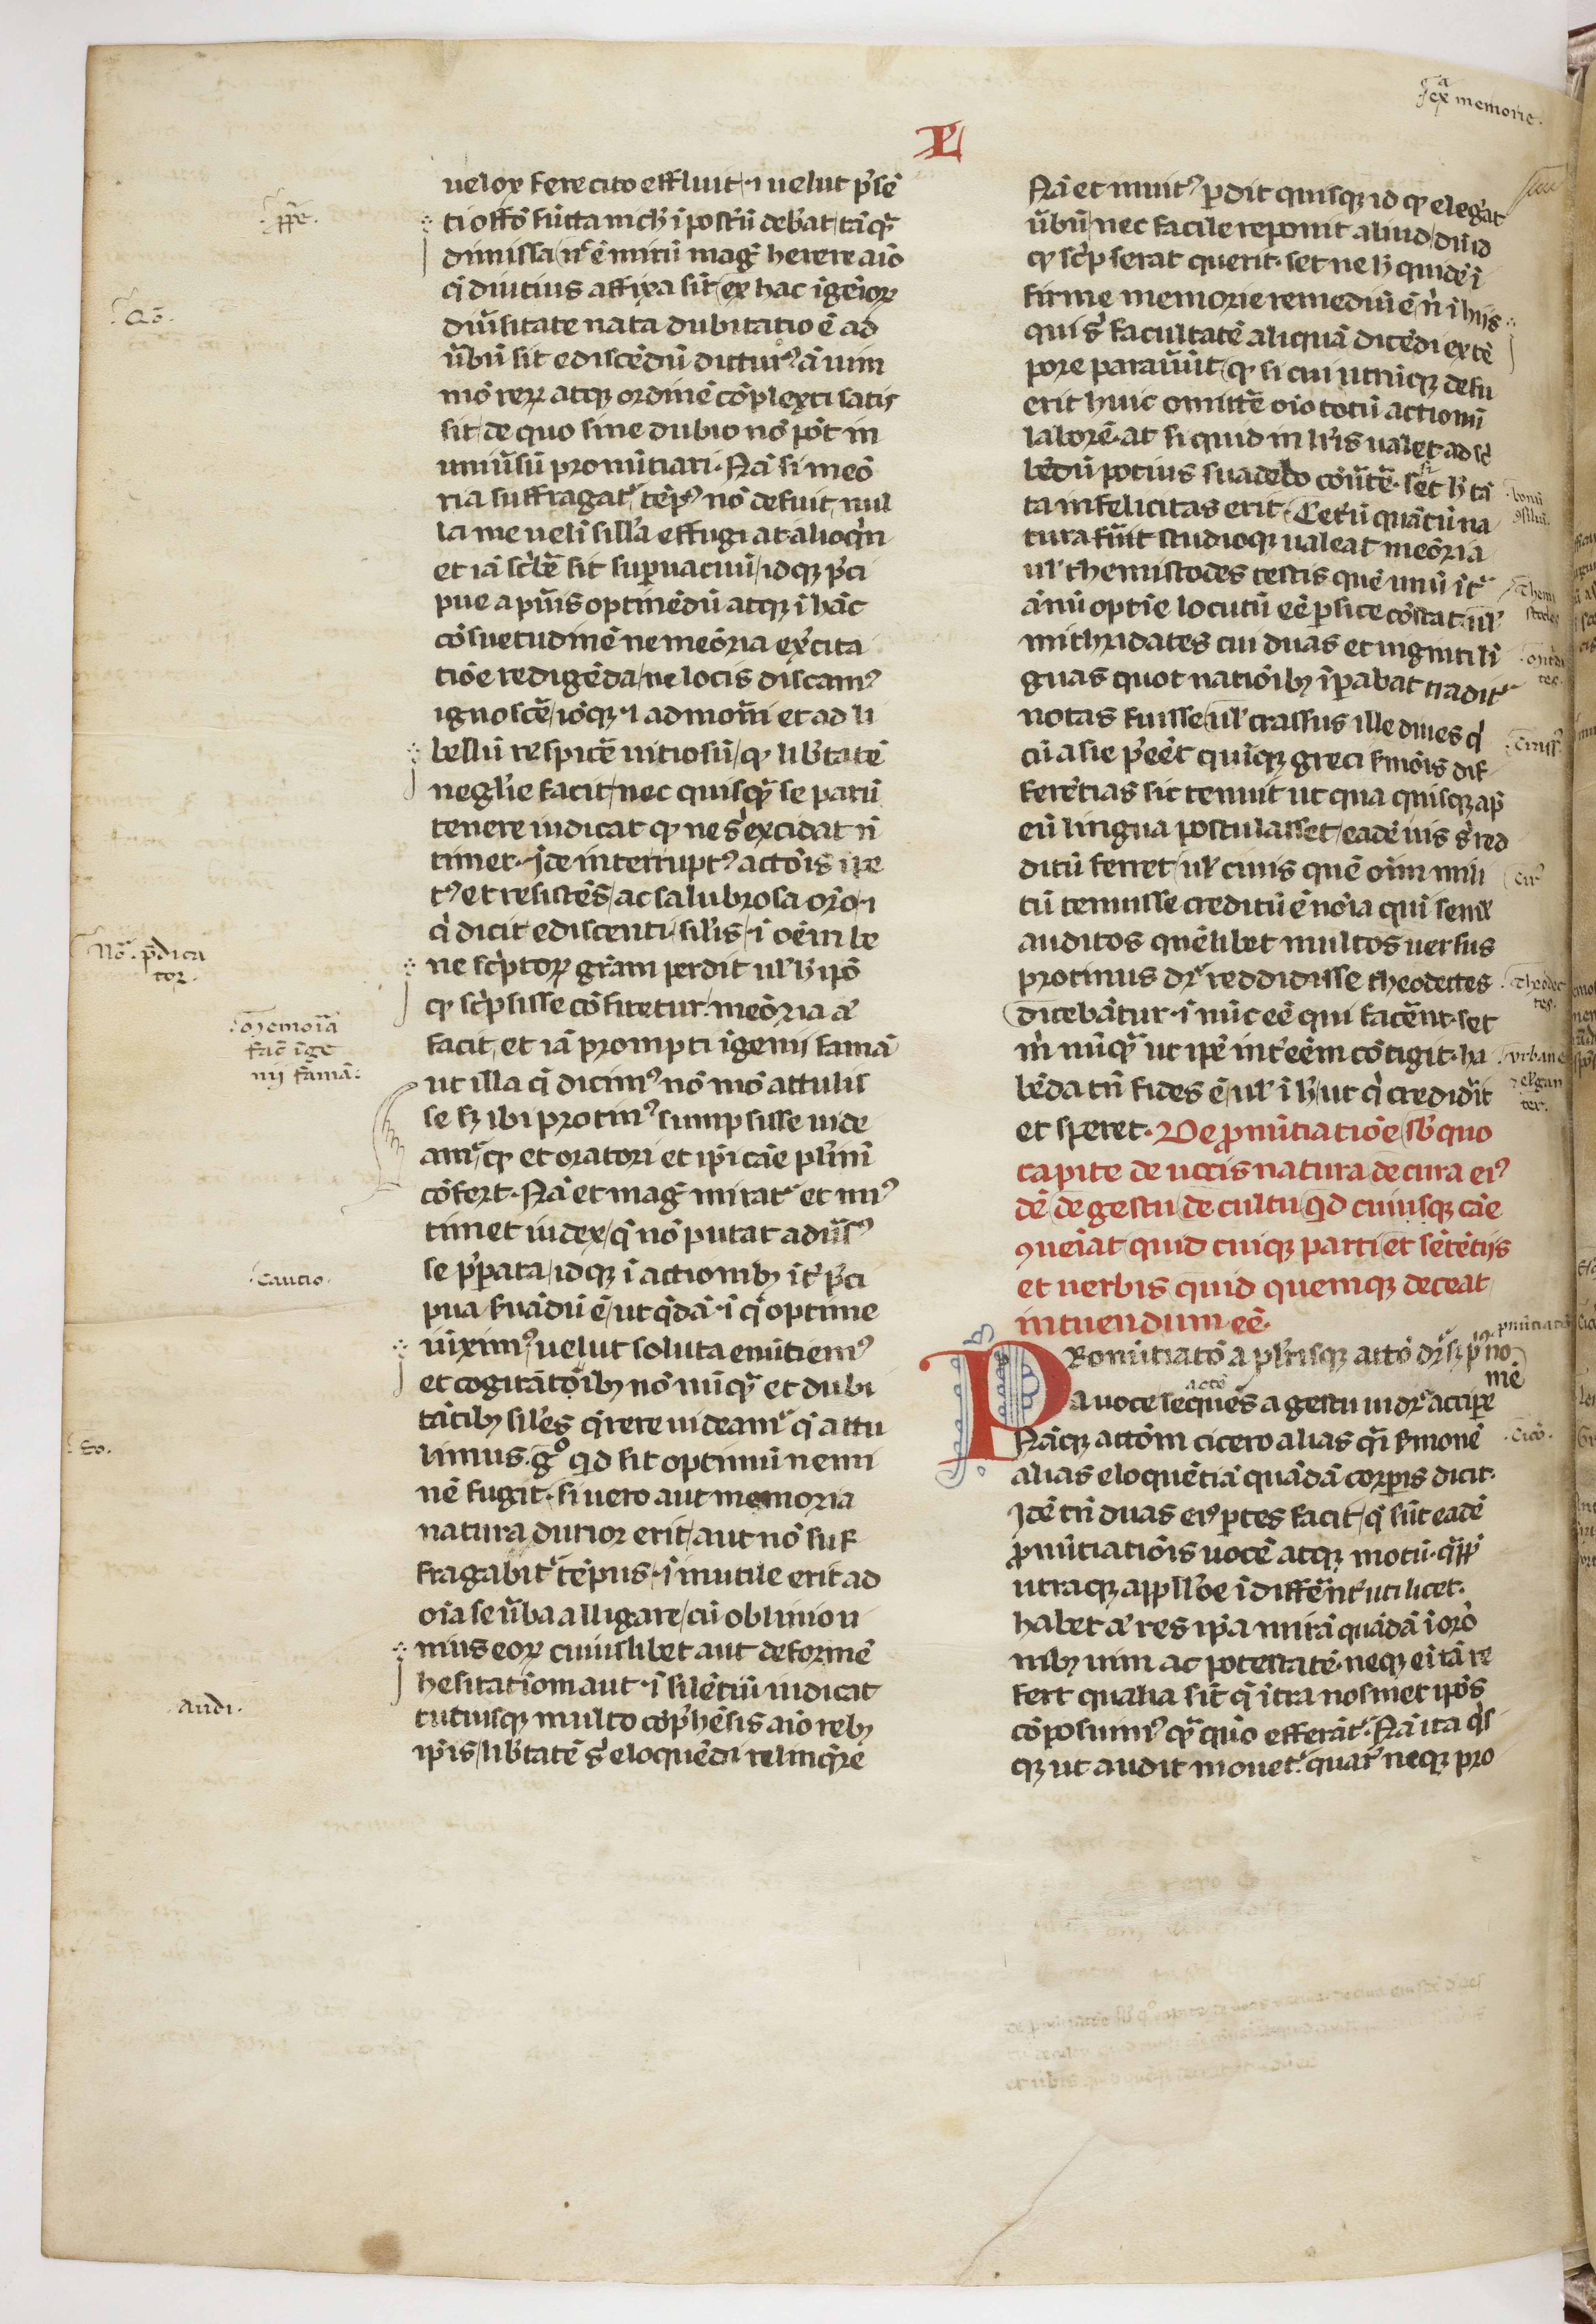
Shelfmark: Paris, BnF, lat. 7720
Century: 14